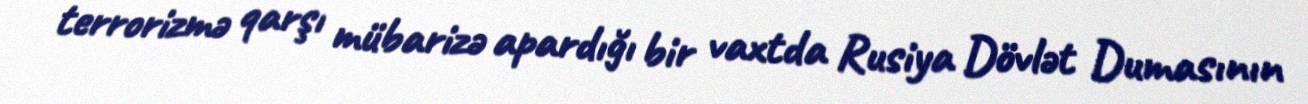
terrorizmə qarşı mübarizə apardığı bir vaxtda Rusiya Dövlət Dumasının